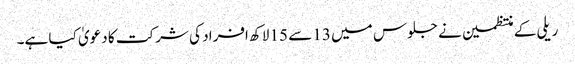
ریلی کے منتظمین نے جلوس میں 13 سے 15 لاکھ افراد کی شرکت کا دعویٰ کیا ہے۔